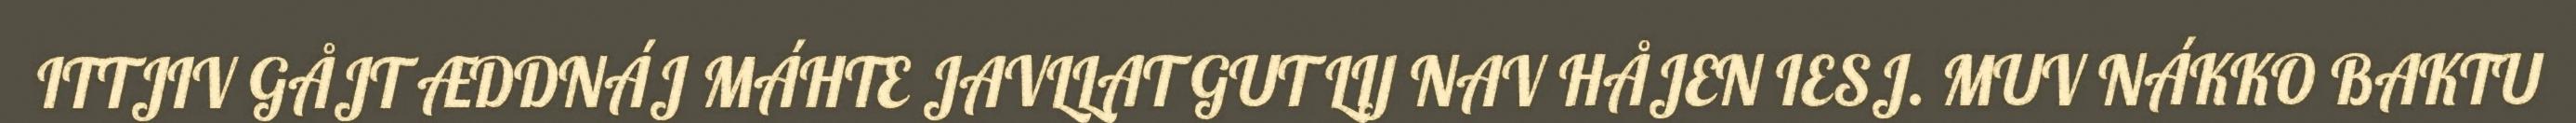
ITTJIV GÅJT ÆDDNÁJ MÁHTE JAVLLAT GUT LIJ NAV HÅJEN IESJ. MUV NÁKKO BAKTU